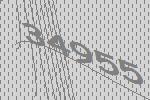
34955